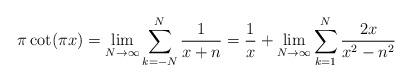
LaTeX: \begin{align*}\pi \cot(\pi x)=\lim_{N\to \infty} \sum_{k=-N}^N \frac1{x+n} = \frac1x+ \lim_{N\to \infty} \sum_{k=1}^N \frac{2x}{x^2-n^2}\end{align*}